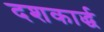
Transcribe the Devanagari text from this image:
दशकार्द्ध